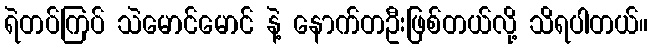
ရဲတပ်ကြပ် သဲမောင်မောင် နဲ့ နောက်တဦးဖြစ်တယ်လို့ သိရပါတယ်။